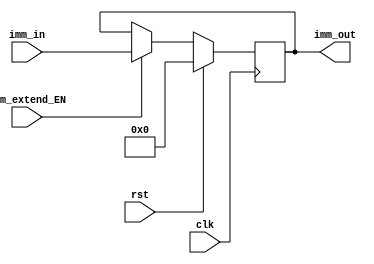
module imm_extend (input [31:0]imm_in, input clk,rst,imm_extend_EN, output [31:0] imm_out);
reg [31:0]imm;
always @(posedge clk) begin
    if (rst) imm<=0;
    else begin 
        if (imm_extend_EN) imm <= imm_in;
        else imm <= imm;
    end
end
assign imm_out = imm;
endmodule